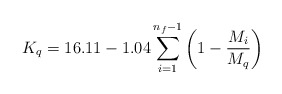
\begin{align*}K_q=16.11-1.04 \sum_{i=1}^{n_f-1} \left( 1- \frac{M_i}{M_q}\right)\end{align*}